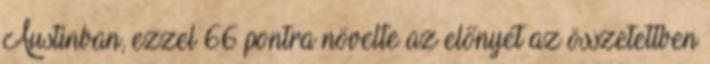
Austinban, ezzel 66 pontra növelte az előnyét az összetettben